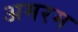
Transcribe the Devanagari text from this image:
अमरम